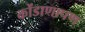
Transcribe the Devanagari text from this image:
कोंडाणापण